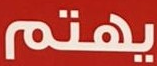
يهتم